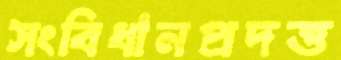
সংবিধানপ্রদত্ত